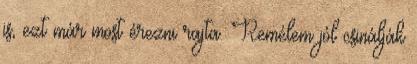
is, ezt már most érezni rajta. Remélem jól csinálják